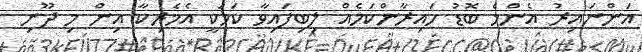
އަންނައިރު އެންމެ ބޮޑު ހަައިރާންކަމެއް ލިބިފައިވާ ކަމަކީ އެމެރިކާ އިން މި ދޫނި